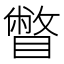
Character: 瞥